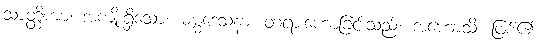
သာတ္ထိကာ၊ အကျိုးရှိသော။ ဓမ္မဒေသနာ၊ တရားဟောခြင်းသည်။ အဟောသိ၊ ဖြစ်၏။